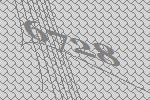
6728